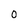
Character: 0